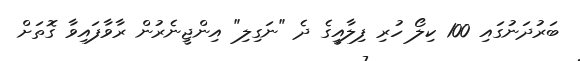
ބަރުދަނުގައި 100 ކިލޯ ހުރި ފިލާއީގެ ދެ "ނަގިލި" އިންޖީނެރުން ރާވާފައިވާ ގޮތަށް